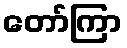
တော်ကြာ